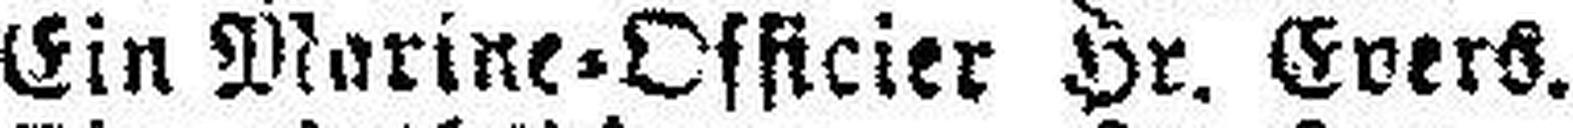
Ein Marine=Offieier Hr. Evers.